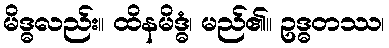
မိဒ္ဓလည်း။ ထိနမိဒ္ဓံ၊ မည်၏။ ဥဒ္ဓတဿ၊